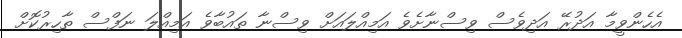
އެހެންވީމާ އަދުރޭ އަދިވެސް ވިސްނާށެވެ އަމިއްލައަށް ވިސްނާ ތައުބާވެ އަމިއްލަ ނަފްސް ތާހިރުކޮށް